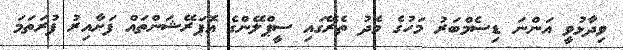
ވިދާޅުވީ އަންނަ ޑިސެމްބަރު މަހުގެ މެދު ތެރޭގައި ސީޕްލޭންގެ އޮޕަރޭޝަންތައް ފަށާއިރު ފުރަތަމަ